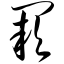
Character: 阙